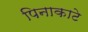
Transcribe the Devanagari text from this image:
पिनाकाटे